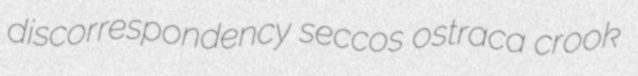
discorrespondency seccos ostraca crook